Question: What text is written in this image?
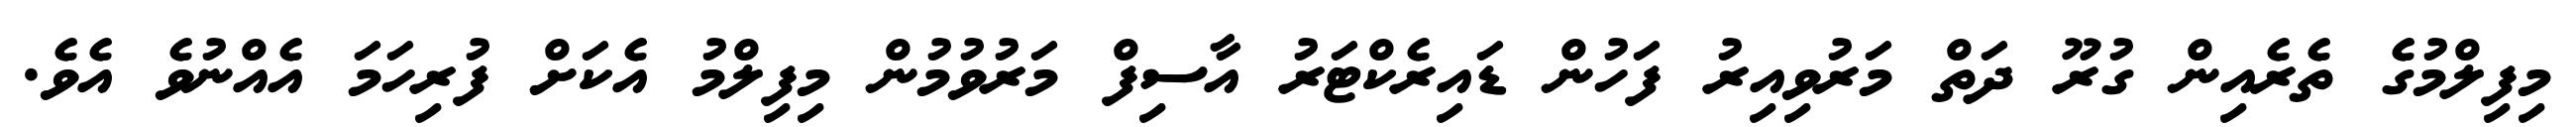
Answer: މިފިލްމުގެ ތެރެއިން ގުރޫ ދަތް މަރުވިއިރު ފަހުން ޑައިރެކްޓަރު އާސިފް މަރުވުމުން މިފިލްމު އެކަށް ފުރިހަމަ އެއްނުވެ އެވެ.